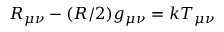
R _ { \mu \nu } - ( R / 2 ) g _ { \mu \nu } = k T _ { \mu \nu }